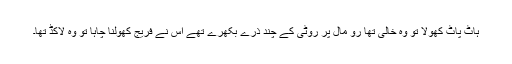
ہاٹ پاٹ کھولا تو وہ خالی تھا رو مال پر روٹی کے چند ذرے بکھرے تھے اس نے فریج کھولنا چاہا تو وہ لاکڈ تھا۔